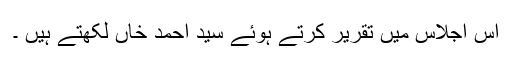
اس اجلاس میں تقریر کرتے ہوئے سید احمد خاں لکھتے ہیں ۔